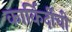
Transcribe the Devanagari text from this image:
कार्किर्दीची